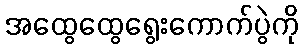
အထွေထွေရွေးကောက်ပွဲကို